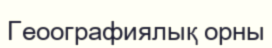
Геоографиялық орны